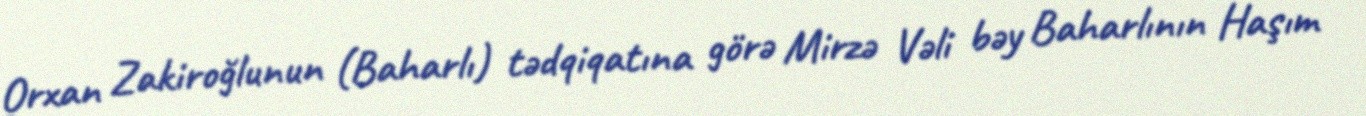
Orxan Zakiroğlunun (Baharlı) tədqiqatına görə Mirzə Vəli bəy Baharlının Haşım